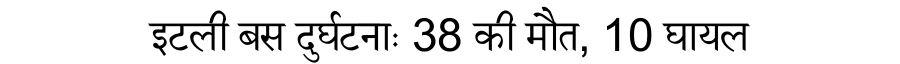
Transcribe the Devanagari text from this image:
इटली बस दुर्घटनाः 38 की मौत, 10 घायल